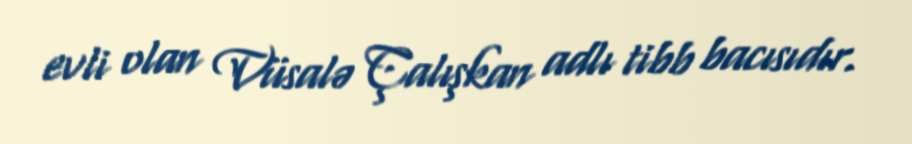
evli olan Vüsalə Çalışkan adlı tibb bacısıdır.